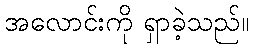
အလောင်းကို ရှာခဲ့သည်။